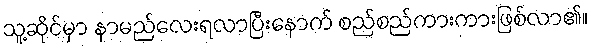
သူ့ဆိုင်မှာ နာမည်လေးရလာပြီးနောက် စည်စည်ကားကားဖြစ်လာ၏။